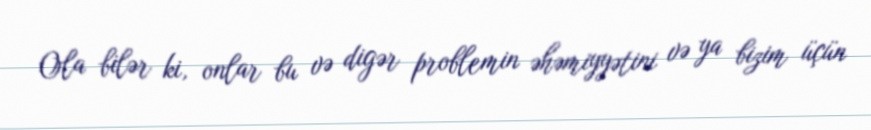
Ola bilər ki, onlar bu və digər problemin əhəmiyyətini və ya bizim üçün